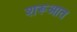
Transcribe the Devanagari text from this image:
शरूआत